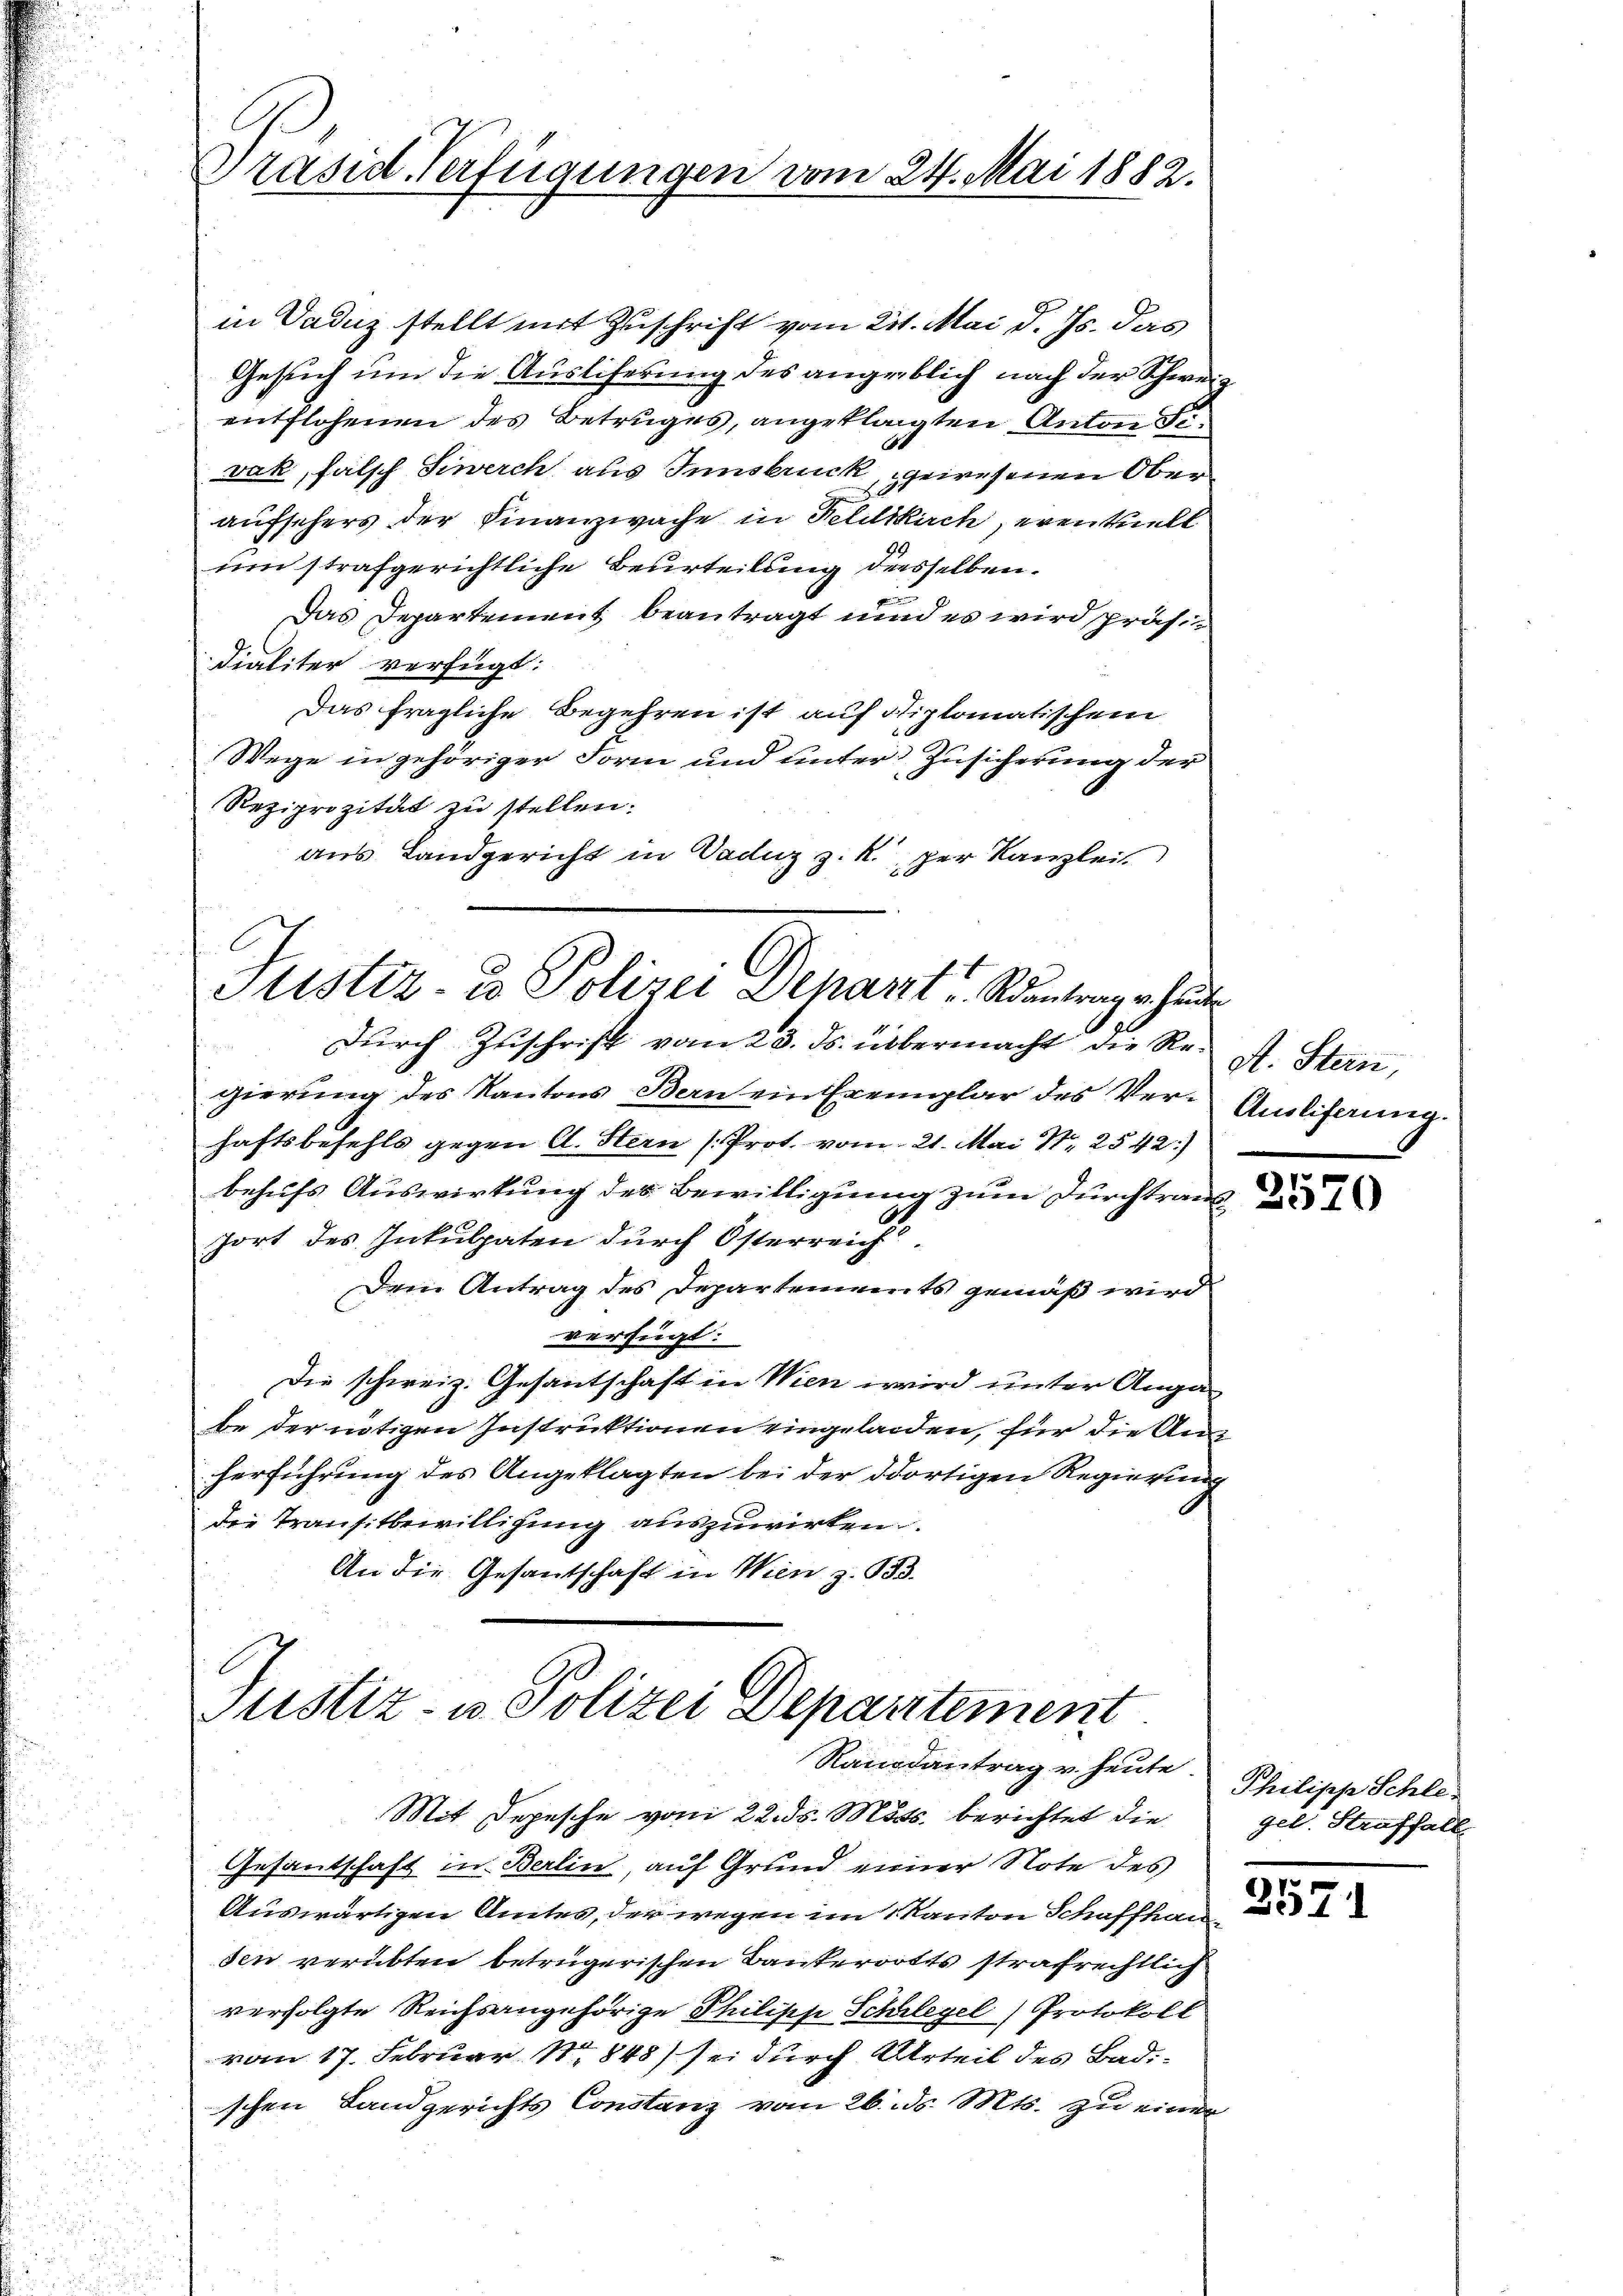
Präsid. Verfügungen vom 24. Mai 1882.

in Daduz stellt mit Zuschrift vom 21. Mai d. Js. das
Gesuch um die Ausliferung des angeblich nach der Schweientflohenen des Betruges, angeklagten Anton Tivak, falsch Siwerch aus Innsbruck, gewesenen Oberaufsehers der Finanzwache in Feldkirch, eventuell
um strafgerichtliche Beurteilung desselben.
x
Das Departement beantragt und es wird präsi
dialiter verfügt:
Das fragliche Begehren ist auf diplomatischem
Wege in gehöriger Form und unter Zusicherung der
Reziprozität zu stellen.
aus Landgericht in Vaduz z. R. per Kanzlei

Stistiz- & Polizei Dekant. Santrag er heute
dŭrch Zuschrift vom 23. ds. übermacht die Re- A. Stern,

Justiz- u. Polizei Departement
Randantrag u. heute. Philipp Schle¬

gierŭng des Kantons Bern ein Exemplar des Ver-Amlifamig.
haftsbefehls gegen A. Stern (Prot. vom 21. Mai N. 2542)
behufs Auswirkung des Bewilligung zum Durchtraus
fort des Inkulpaten durch Österreich
Dem Antrag des Departements gemäß wird
verfügt:
Die schweiz. Gesantschaft in Wien wird unter Anga
be der nötigen Instruktionen eingeladen, für die Aus
herführung des Angeklagten bei der dortigen Regierung
die Transitbewilligung auszuwirken.
An die Gesantschaft in Wien z. 933.

Mit Depesche vom 22. ds. Mts. berichtet die
Gesantschaft in Berlin, auf Grund einer Note des
Auswärtigen Amtes, der wegen im Kanton Schaffhau
sen verübten betrügerischen Bauterorts strafrechtlich
verfolgte Reichsangehörige Philipp Schregel Protokoll
vom 17. Februar 1848) sei durch Urteil des Badischen Landgerichts Constanz vom 26. ds. Mts. zu einer

gel. Straffall

257